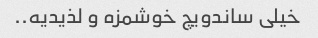
خیلی ساندویچ خوشمزه و لذیدیه..